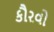
કૌરવો